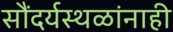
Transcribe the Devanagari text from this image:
सौंदर्यस्थळांनाही